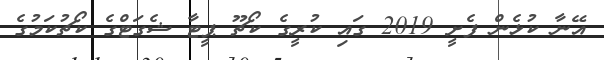
އޭނާ ކުޅެން ފެށީ 2019 ގައި ކުރީގެ ކޯޗޫ ޕީޓާ ޝެގަޓްގެ ކޯޗުކަމުގެ